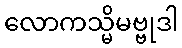
လောကသ္မိမဗ္ဗုဒါ